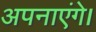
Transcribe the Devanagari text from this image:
अपनाएंगे।